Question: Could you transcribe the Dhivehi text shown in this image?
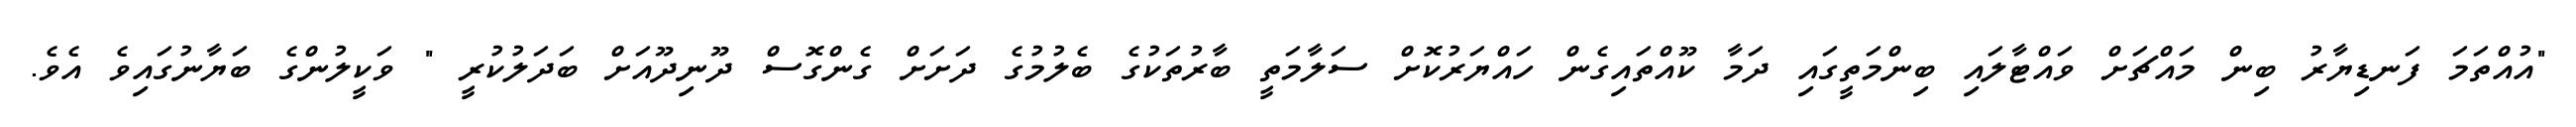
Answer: "އުއްތަމަ ފަނޑިޔާރު ބިން މައްޗަށް ވައްޓާލައި ބިންމަތީގައި ދަމާ ކޫއްތައިގެން ހައްޔަރުކޮށް ސަލާމަތީ ބާރުތަކުގެ ބެލުމުގެ ދަށަށް ގެންގޮސް ދޫނިދޫއަށް ބަދަލުކުރީ " ވަކީލުންގެ ބަޔާނުގައިވެ އެވެ.